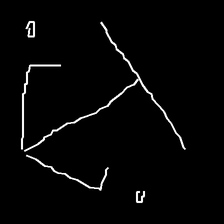
Glyph: earth